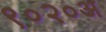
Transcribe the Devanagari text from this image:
९०२०अ